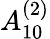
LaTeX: {A}_{10}^{(2)}